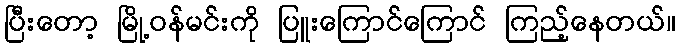
ပြီးတော့ မြို့ဝန်မင်းကို ပြူးကြောင်ကြောင် ကြည့်နေတယ်။